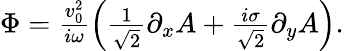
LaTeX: \begin{array}{r}{\Phi=\frac{v_{0}^{2}}{i\omega}\left(\frac{1}{\sqrt{2}}\partial_{x}A+\frac{i\sigma}{\sqrt{2}}\partial_{y}A\right).}\end{array}